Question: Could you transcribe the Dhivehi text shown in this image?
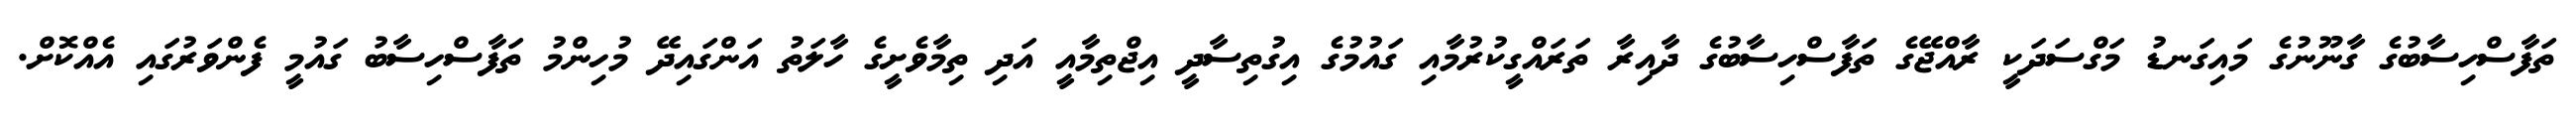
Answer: ތަފާސްހިސާބުގެ ގާނޫނުގެ މައިގަނޑު މަގްސަދަކީ ރާއްޖޭގެ ތަފާސްހިސާބުގެ ދާއިރާ ތަރައްގީކުރުމާއި ގައުމުގެ އިގުތިސާދީ އިޖްތިމާއީ އަދި ތިމާވެށީގެ ހާލަތު އަންގައިދޭ މުހިންމު ތަފާސްހިސާބު ގައުމީ ފެންވަރުގައި އެއްކޮށް.